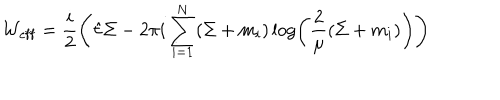
{ \cal W } _ { \mathrm { e f f } } = \frac { i } { 2 } \left( \hat { \tau } \Sigma - { 2 \pi i } \sum _ { i = 1 } ^ { N } ( \Sigma + m _ { i } ) \log \left( \frac { 2 } { \mu } ( \Sigma + m _ { i } ) \right) \right)